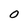
Character: 0